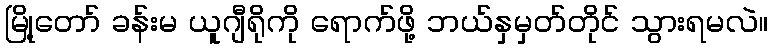
မြို့တော် ခန်းမ ယူဂျီရိုကို ရောက်ဖို့ ဘယ်နှမှတ်တိုင် သွားရမလဲ။